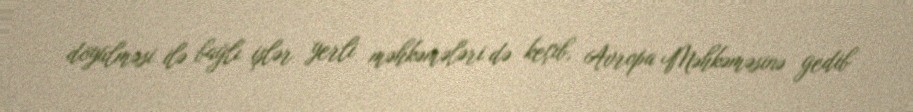
döyülməsi ilə bağlı işlər yerli məhkəmələri də keçib, Avropa Məhkəməsinə gedib